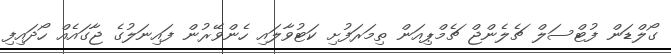
ގޯލްޑަން ފުޓްސަލް ޗެލެންޖް ޗެމްޕިއަން ތިމަރަފުށި ކަޓުވާލައި ހެންވޭރުން ފައިނަލުގެ ޖާގައެއް ހޯދައިފި